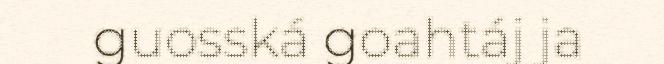
guosská goahtáj ja